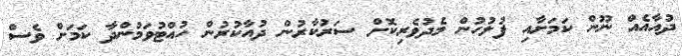
ދުއާއެއް ނޫން ކަމަށާއި ފުލުހުން މެދުވެރިކޮށް ސަރުކާރުން ދުއާކުރުން ހުއްޓުވަމުންދާ ކަމަށް ވެސް